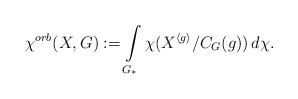
LaTeX: \begin{align*} \chi^{orb}(X,G):=\int\limits_{{G_*}} \chi(X^{\langle g\rangle}/C_G(g))\, d\chi.\end{align*}